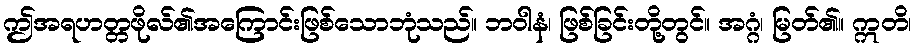
ဤအရဟတ္တဖိုလ်၏အကြောင်းဖြစ်သောဘုံသည်။ ဘဝါနံ၊ ဖြစ်ခြင်းတို့တွင်။ အဂ္ဂံ၊ မြတ်၏။ ဣတိ၊